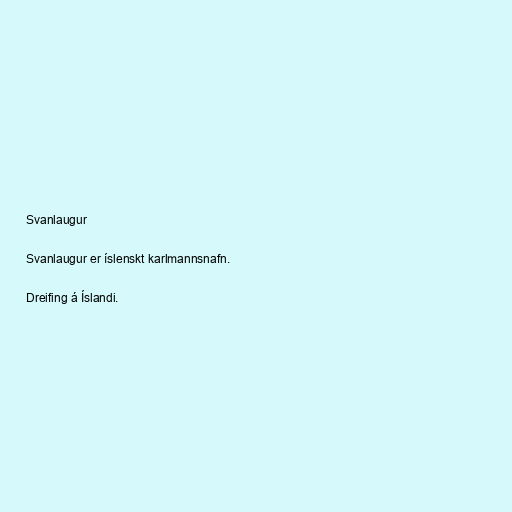
Svanlaugur

Svanlaugur er íslenskt karlmannsnafn.

Dreifing á Íslandi.